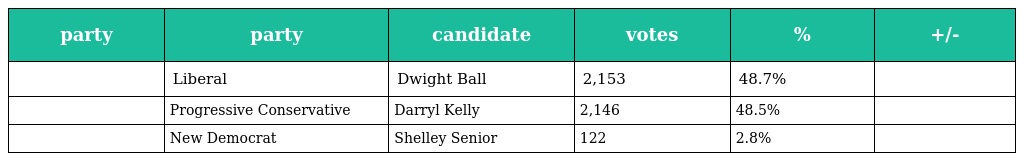
| party | party | candidate | votes | % | +/- |
 | --- | --- | --- | --- | --- | --- |
 |  | Liberal | Dwight Ball | 2,153 | 48.7% |  |
 |  | Progressive Conservative | Darryl Kelly | 2,146 | 48.5% |  |
 |  | New Democrat | Shelley Senior | 122 | 2.8% |  |